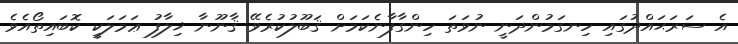
އެ ސަރަޙައްދުގައި ހިނގަމުންދަނީ ނުވަތަ ހިންގާފާނެކަމަށް ޤަބޫލުކުރެވޭ ޤާނޫނާ ޚިލާފު ޢަމަލަކީ ކޮބައިތޯއެވެ